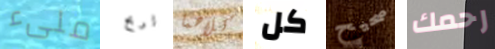
ملىء لربح كلاهما كل صحيح رحمك